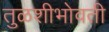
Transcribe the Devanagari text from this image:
तुळशीभोवती